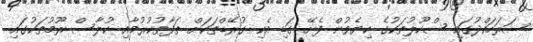
ސަރަހައްދުގައި ސްކޫލުތަކުގެ ކިޔެވުން ފެށޭ ގަޑި އެކި ގުރޭޑްތަކަށް ތަފާތުކުރުމާއި ކުލާސް ރޫމުތަކުގައި